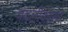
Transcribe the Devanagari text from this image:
बदलीकारण